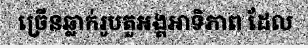
ច្រើនឆ្លាក់រូបតួអង្គអាទិភាព ដែល